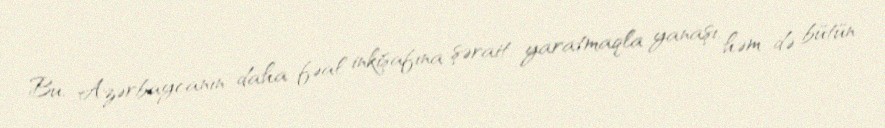
Bu, Azərbaycanın daha fəal inkişafına şərait yaratmaqla yanaşı, həm də bütün